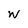
Character: W